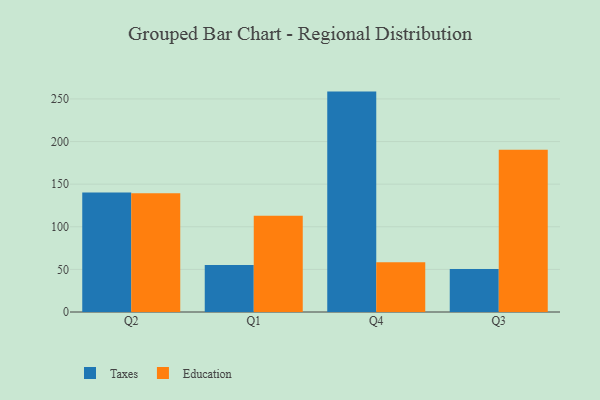
{"axis": {"x": "Quarter", "y": "Temperature (°C)"}, "legend": ["Education", "Taxes"], "data": [{"x": "Q2", "y": 140.3, "type": "Taxes"}, {"x": "Q2", "y": 139.2, "type": "Education"}, {"x": "Q1", "y": 55.0, "type": "Taxes"}, {"x": "Q1", "y": 113.0, "type": "Education"}, {"x": "Q4", "y": 258.6, "type": "Taxes"}, {"x": "Q4", "y": 58.4, "type": "Education"}, {"x": "Q3", "y": 50.4, "type": "Taxes"}, {"x": "Q3", "y": 190.4, "type": "Education"}]}